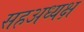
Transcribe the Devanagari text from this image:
सहअध्यक्ष